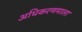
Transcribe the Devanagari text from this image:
अधिकरणमाला